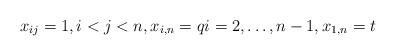
\begin{gather*} x_{ij}=1, i < j < n, x_{i,n}=q i=2,\ldots, n-1, x_{1,n}=t \end{gather*}